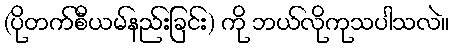
(ပိုတက်စီယမ်နည်းခြင်း) ကို ဘယ်လိုကုသပါသလဲ။